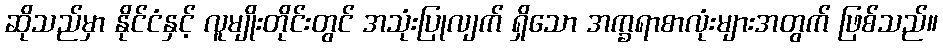
ဆိုသည်မှာ နိုင်ငံနှင့် လူမျိုးတိုင်းတွင် အသုံးပြုလျက် ရှိသော အက္ခရာစာလုံးများအတွက် ဖြစ်သည်။